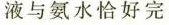
液与氨水恰好完